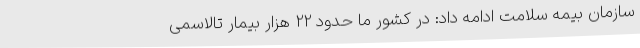
سازمان بیمه سلامت ادامه داد: در کشور ما حدود 22 هزار بیمار تالاسمی